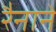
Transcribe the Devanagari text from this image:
रैनाने